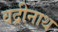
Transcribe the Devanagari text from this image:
वद्रीनाथ